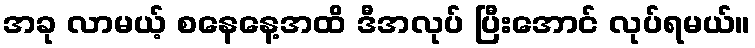
အခု လာမယ့် စနေနေ့အထိ ဒီအလုပ် ပြီးအောင် လုပ်ရမယ်။